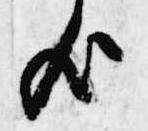
歟